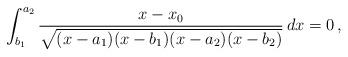
LaTeX: \begin{align*}\int_{b_1}^{a_2}\frac{x-x_0}{\sqrt{(x-a_1)(x-b_1)(x-a_2)(x-b_2)}}\,dx=0\,,\end{align*}